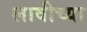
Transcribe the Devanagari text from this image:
लावीच्या